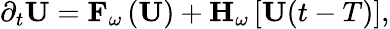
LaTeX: \partial_{t}\mathbf{U}=\mathbf{F}_{\omega}\left(\mathbf{U}\right)+\mathbf{H}_{\omega}\left[\mathbf{U}{(t-T)}\right],